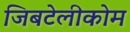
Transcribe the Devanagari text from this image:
जिबटेलीकोम